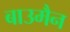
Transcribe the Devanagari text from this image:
बाउमैन